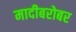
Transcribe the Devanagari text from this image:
मादीबरोबर